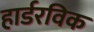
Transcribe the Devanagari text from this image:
हार्डरविक